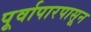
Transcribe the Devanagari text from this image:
पूर्वापारपासून